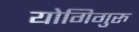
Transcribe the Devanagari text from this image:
योगिगुरु